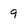
Character: 9